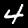
Label: 4